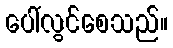
ပေါ်လွင်စေသည်။